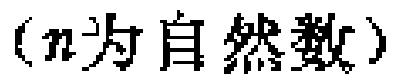
（\(n\)为自然数）